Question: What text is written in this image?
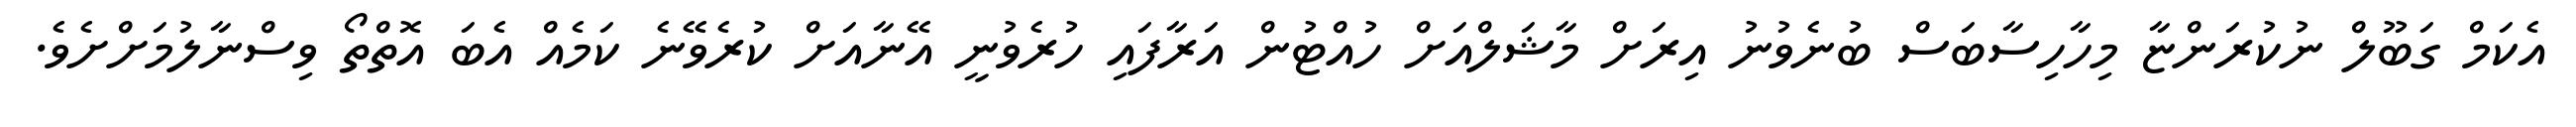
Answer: އެކަމް ގަބޫލް ނުކުރަންޏާ މިހާހިސާބަސް ބުނެވުނު އިރަށް މާޝަލްއަށް ހުއްޓުން އަރާފައި ހުރެވުނީ އޭނާއަށް ކުރެވޭނެ ކަމެއް އެބަ އޮތްތޯ ވިސްނާލުމަށްށެވެ.